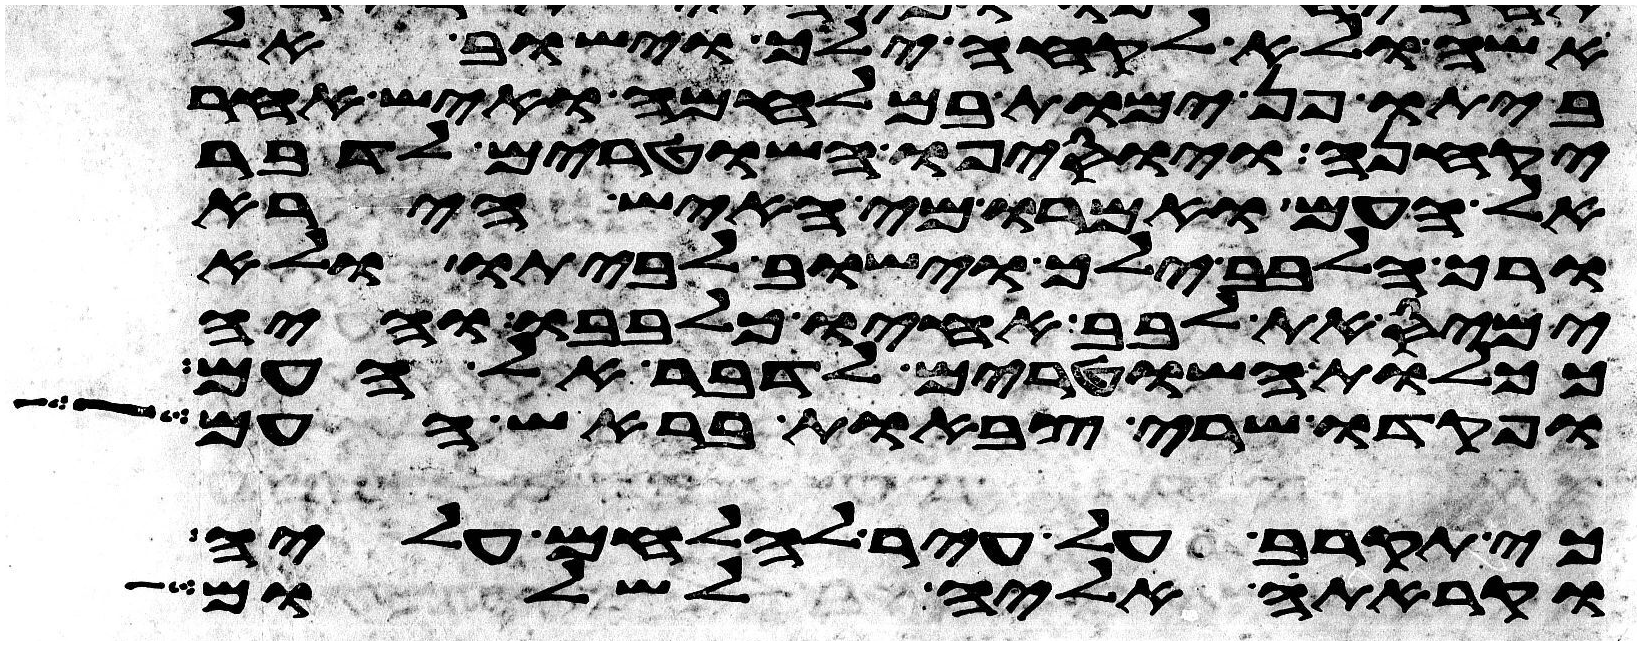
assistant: אשה ולא לקחה ילך וישוב
לביתו פן ימות במלחמה ואיש אחר
יקחנה ויוסיפו השטרים לדבר
אל העם ואמרו מי האיש הירא
ורך הלבב ילך וישוב לביתו ולא
ימיס את לבב אחיו כלבבו והיה
ככלות השטרים לדבר אל העם
ופקדו שרי צבאות בראש העם
כי תקרב על עיר להלחם עליה
וקראת אליה לשלום